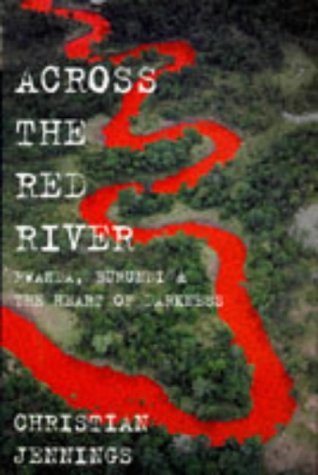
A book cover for Across the Red River: Rwanda, Burundi and the Heart of Darkness; Christian Jennings; Travel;